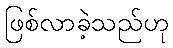
ဖြစ်လာခဲ့သည်ဟု